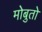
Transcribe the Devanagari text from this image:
मोबुतो